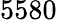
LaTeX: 5580